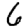
Digit: 6